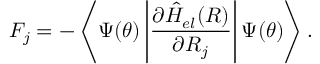
F _ { j } = - \left\langle \Psi ( \boldsymbol { \theta } ) \left| \frac { \partial \hat { H } _ { e l } ( \boldsymbol { R } ) } { \partial \boldsymbol { R } _ { j } } \right| \Psi ( \boldsymbol { \theta } ) \right\rangle .